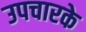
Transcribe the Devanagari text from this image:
उपचारके